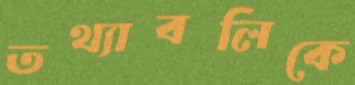
তথ্যাবলিকে